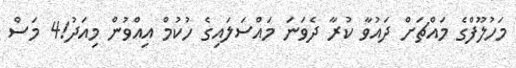
މަހުލޫފްގެ މައްޗަށް ދައުވާ ކުރާ ދެވަނަ މައްސަލައިގެ ހުކުމް އިއްވުން މިއަދު!4 މަސް